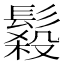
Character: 𩮫